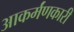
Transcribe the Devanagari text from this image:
आकर्मंणकारी